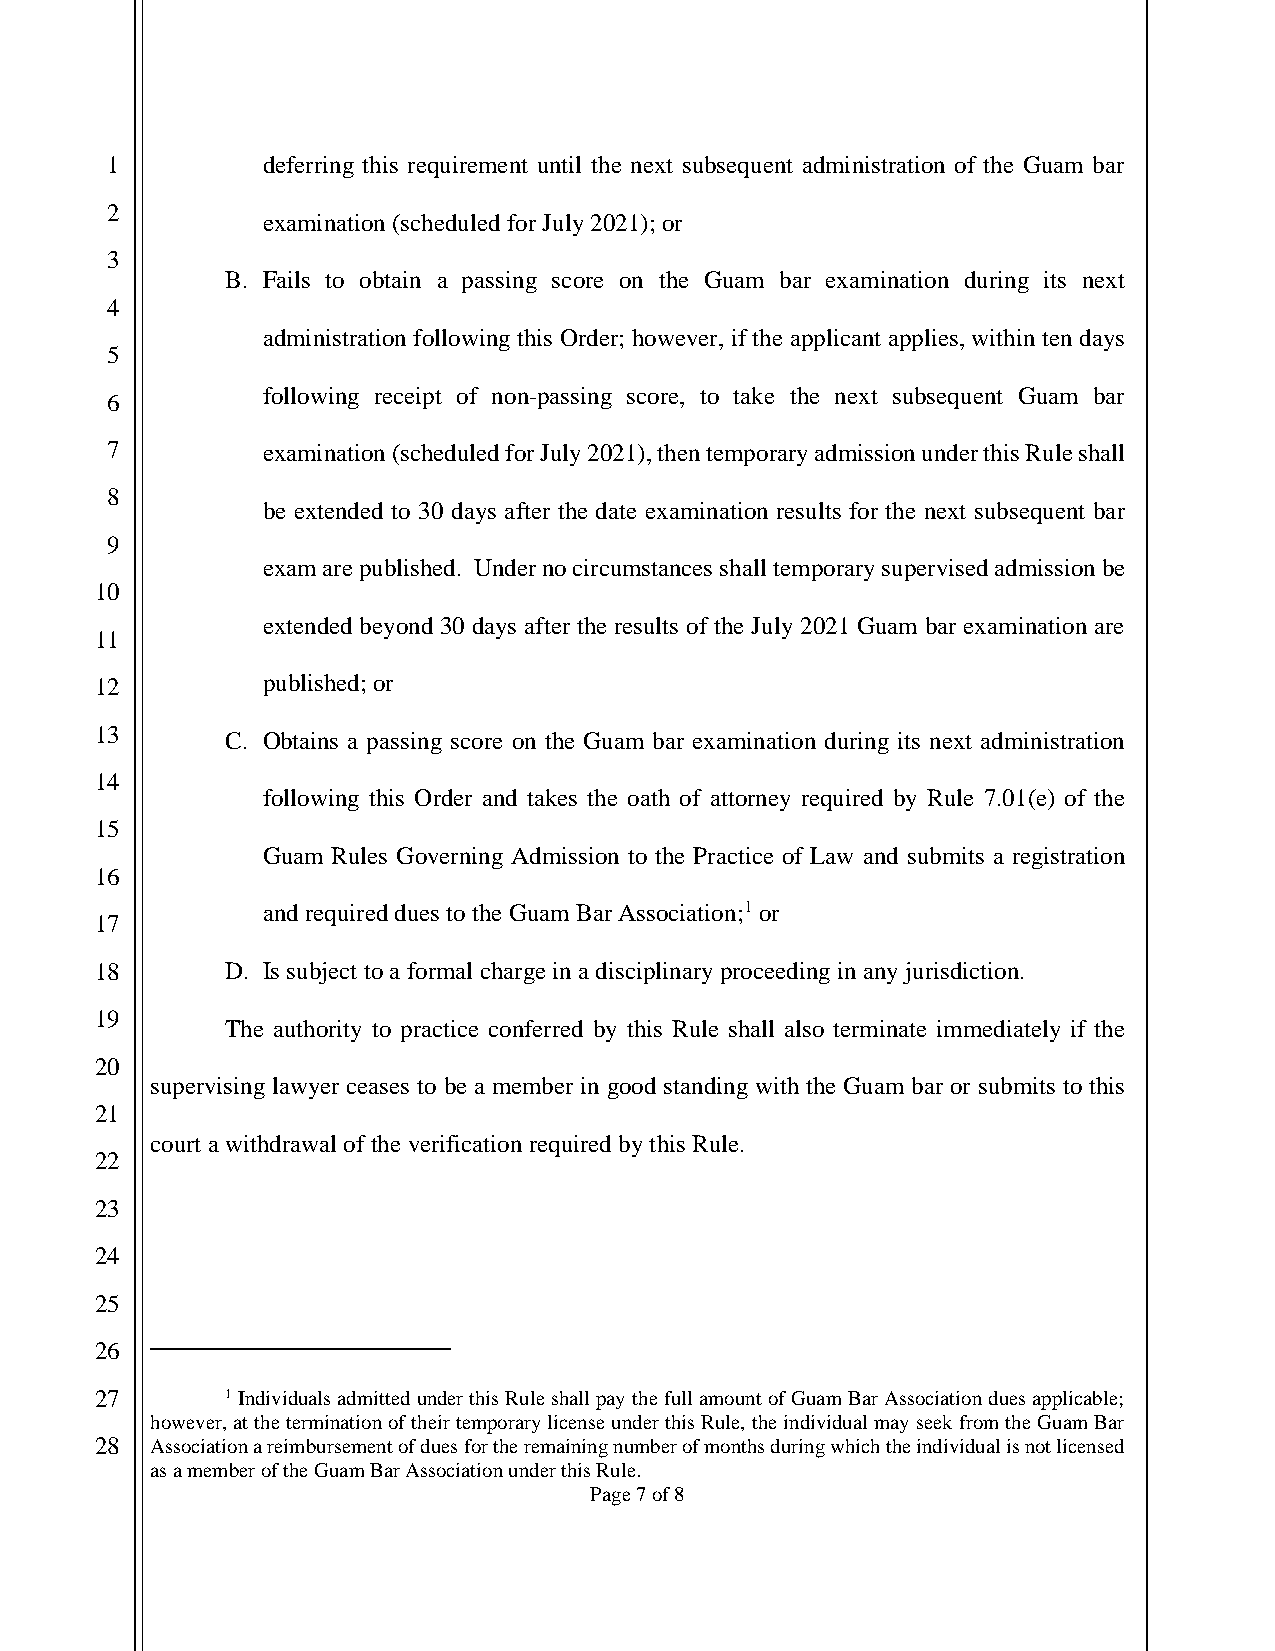
1         deferring this requirement until the next subsequent administration of the Guam bar
 2
 examination (scheduled for July 2021); or
 3
 B. Fails to obtain a passing score on the Guam bar examination during its next
 4
 administration following this Order; however, if the applicant applies, within ten days
 5
 following receipt of non-passing score, to take the next subsequent Guam bar
 6
 7         examination (scheduled for July 2021), then temporary admission under this Rule shall
 8
 be extended to 30 days after the date examination results for the next subsequent bar
 9
 exam are published. Under no circumstances shall temporary supervised admission be
 10
 extended beyond 30 days after the results of the July 2021 Guam bar examination are
 11
 12         published; or
 13       C. Obtains a passing score on the Guam bar examination during its next administration
 14
 following this Order and takes the oath of attorney required by Rule 7.01(e) of the
 15
 Guam Rules Governing Admission to the Practice of Law and submits a registration
 16
 and required dues to the Guam Bar Association;1 or
 17
 18       D. Is subject to a formal charge in a disciplinary proceeding in any jurisdiction.
 19
 The authority to practice conferred by this Rule shall also terminate immediately if the
 20
 supervising lawyer ceases to be a member in good standing with the Guam bar or submits to this
 21
 court a withdrawal of the verification required by this Rule.
 22
 23
 24
 25
 26
 27       1 Individuals admitted under this Rule shall pay the full amount of Guam Bar Association dues applicable;
 however, at the termination of their temporary license under this Rule, the individual may seek from the Guam Bar
 28  Association a reimbursement of dues for the remaining number of months during which the individual is not licensed
 as a member of the Guam Bar Association under this Rule.
 Page 7 of 8